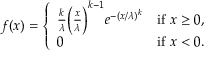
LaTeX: f ( x ) = { \left\{ \begin{array} { l l } { { \frac { k } { \lambda } } { \Big ( } { \frac { x } { \lambda } } { \Big ) } ^ { k - 1 } e ^ { - ( x / \lambda ) ^ { k } } } & { { \mathrm { i f ~ } } x \geq 0 , } \\ { 0 } & { { \mathrm { i f ~ } } x < 0 . } \end{array} \right. }